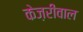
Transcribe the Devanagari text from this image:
केज़रीवाल